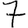
Digit: 7